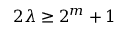
2 \lambda \geq 2 ^ { m } + 1